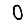
Digit: 0